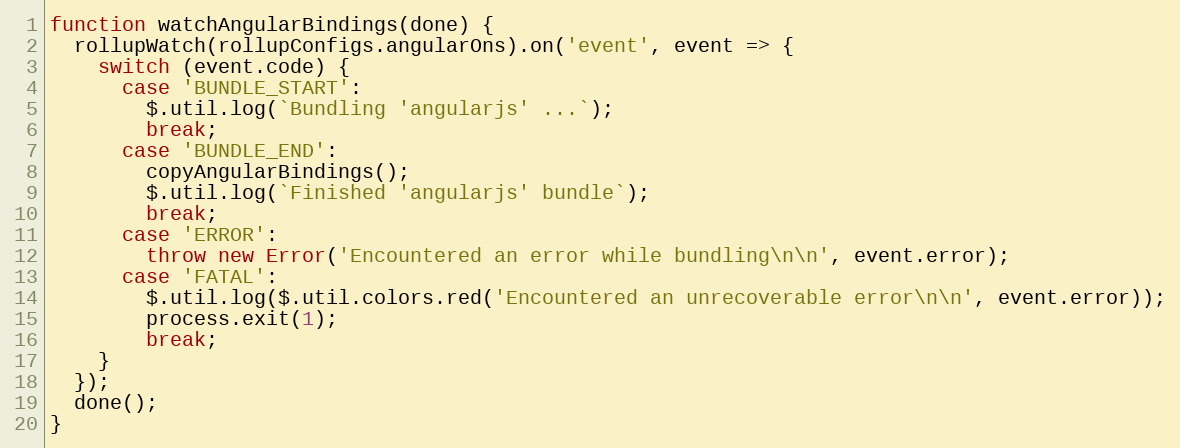
Language: JavaScript
function watchAngularBindings(done) {
  rollupWatch(rollupConfigs.angularOns).on('event', event => {
    switch (event.code) {
      case 'BUNDLE_START':
        $.util.log(`Bundling 'angularjs' ...`);
        break;
      case 'BUNDLE_END':
        copyAngularBindings();
        $.util.log(`Finished 'angularjs' bundle`);
        break;
      case 'ERROR':
        throw new Error('Encountered an error while bundling\n\n', event.error);
      case 'FATAL':
        $.util.log($.util.colors.red('Encountered an unrecoverable error\n\n', event.error));
        process.exit(1);
        break;
    }
  });
  done();
}